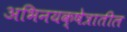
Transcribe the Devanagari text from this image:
अभिनयक्षेत्रातील